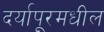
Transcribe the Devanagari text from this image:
दर्यापूरमधील